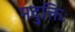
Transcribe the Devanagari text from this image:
मदुक्तिः